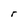
Character: r